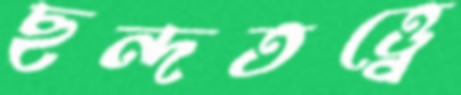
ছন্দতত্ত্বে